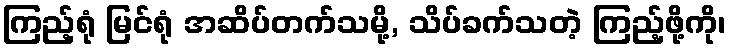
ကြည့်ရုံ မြင်ရုံ အဆိပ်တက်သမို့, သိပ်ခက်သတဲ့ ကြည့်ဖို့ကို၊